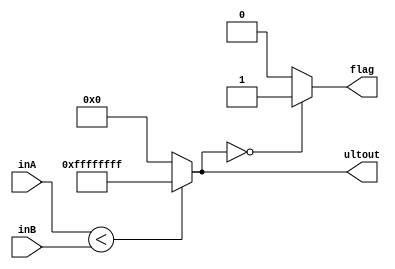
module ULT(inA, inB, ultout, flag);
    input [31:0] inA;
    input [31:0] inB;
    output reg [31:0] ultout;
    output reg flag;
    
    always@(*) begin
        ultout = (inA<inB)?32'b11111111111111111111111111111111:32'b0;
        if(ultout==0)
            flag = 1;
        else
            flag = 0;
    end
endmodule